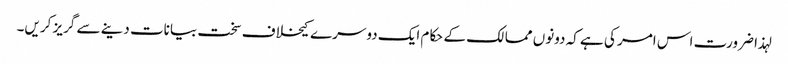
لہذا ضرورت اس امر کی ہے کہ دونوں ممالک کے حکام ایک دوسرے کیخلاف سخت بیانات دینے سے گریز کریں۔